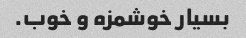
بسیار خوشمزه و خوب.